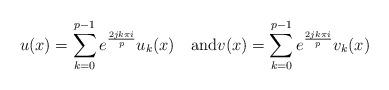
LaTeX: \begin{gather*}u(x)=\sum_{k=0}^{p-1}e^{\frac{2jk\pi i}{p}}u_k(x)\quad\textrm{and}v(x)=\sum_{k=0}^{p-1}e^{\frac{2jk\pi i}{p}}v_k(x) \end{gather*}